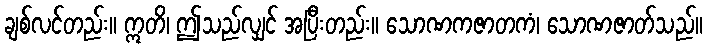
ချစ်လင်တည်း။ ဣတိ၊ ဤသည်လျှင် အပြီးတည်း။ သောဏကဇာတကံ၊ သောဏဇာတ်သည်။